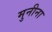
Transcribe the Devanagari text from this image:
मुनीना